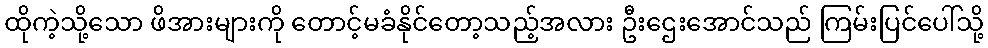
ထိုကဲ့သို့သော ဖိအားများကို တောင့်မခံနိုင်တော့သည့်အလား ဦးဌေးအောင်သည် ကြမ်းပြင်ပေါ်သို့